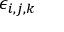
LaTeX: \epsilon _ { i , j , k }